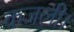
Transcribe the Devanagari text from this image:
कजली।